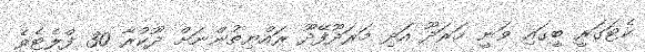
ކެޓަގަރީ ބީގައި ވަނީ މަރަދޫ އަދި މަރަދޫފޭދޫ ރައްޔިތުންނަށް ދޫކުރާ 30 ފްލެޓެވެ.